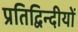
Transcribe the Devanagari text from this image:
प्रतिद्विन्दीयों